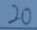
2 0